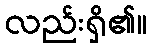
လည်းရှိ၏။